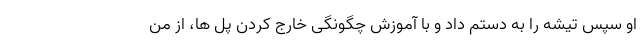
او سپس تیشه را به دستم داد و با آموزش چگونگی خارج کردن پل ها، از من